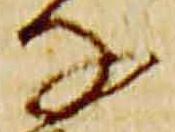
子